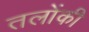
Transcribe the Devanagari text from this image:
तलोंकी